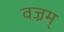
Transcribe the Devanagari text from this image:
वज्रम्